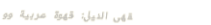
مقهى النيل: قهوة عربية وو